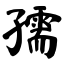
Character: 孺